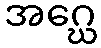
အဂ္ဃေ